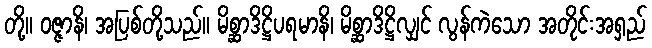
တို့။ ဝဇ္ဇာနိ၊ အပြစ်တို့သည်။ မိစ္ဆာဒိဋ္ဌိပရမာနိ၊ မိစ္ဆာဒိဋ္ဌိလျှင် လွန်ကဲသော အတိုင်းအရှည်